Indian Civil Veterinary Department memoirs
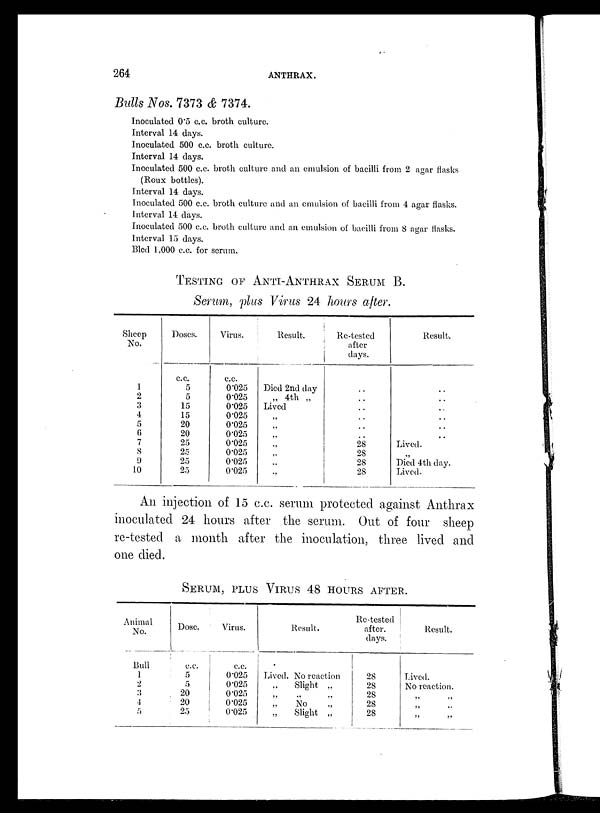
264
ANTHRAX.
Bulls Nos. 7373 & 7374.
Inoculated 0.5 c.c. broth culture.
Interval 14 days.
Inoculated 500 c.c. broth culture.
Interval 14 days.
Inoculated 500 c.c. broth culture and an emulsion of bacilli from 2 agar flasks
(Roux bottles).
Interval 14 days.
Inoculated 500 c.c. broth culture and an emulsion of bacilli from 4 agar flasks.
Interval 14 days.
Inoculated 500 c.c. broth culture and an emulsion of bacilli from 8 agar flasks.
Interval 15 days.
Bled 1,000 c.c. for serum.
TESTING OF ANTI-ANTHRAX SERUM B.
Serum, plus Virus 24 hours after.
Sheep
No.
1
2
3
4
5
6
7
8
9
10
Doses.
c.c.
5
5
15
15
20
20
25
25
25
25
Virus.
c.c.
0.025
0.025
0.025
0.025
0.025
0.025
0.025
0.025
0.025
0.025
Result.
Died 2nd day
„ 4th „
Lived
„
„
„
„
„
„
„
Re-testcd
after
days.
..
..
..
...
..
..
28
28
28
28
Result.
..
..
..
..
..
..
Lived.
„
Died 4th day.
Lived.
An injection of 15 c.c. serum protected against Anthrax
inoculated 24 hours after the serum. Out of four sheep
re-tested a month after the inoculation, three lived and
one died.
SERUM, PLUS VIRUS 48 HOURS AFTER.
Animal
No.
Bull
1
2
3
4
5
Dose.
c.c.
5
5
20
20
25
Virus.
c.c.
0.025
0.025
0.025
0.025
0.025
Result.
Lived. No reaction
Slight „
„ „ „
No
Slight „
Re-tested
after,
days.
28
28
28
28
28
Result.
Lived.
No reaction.
„
„
„ „
„ „